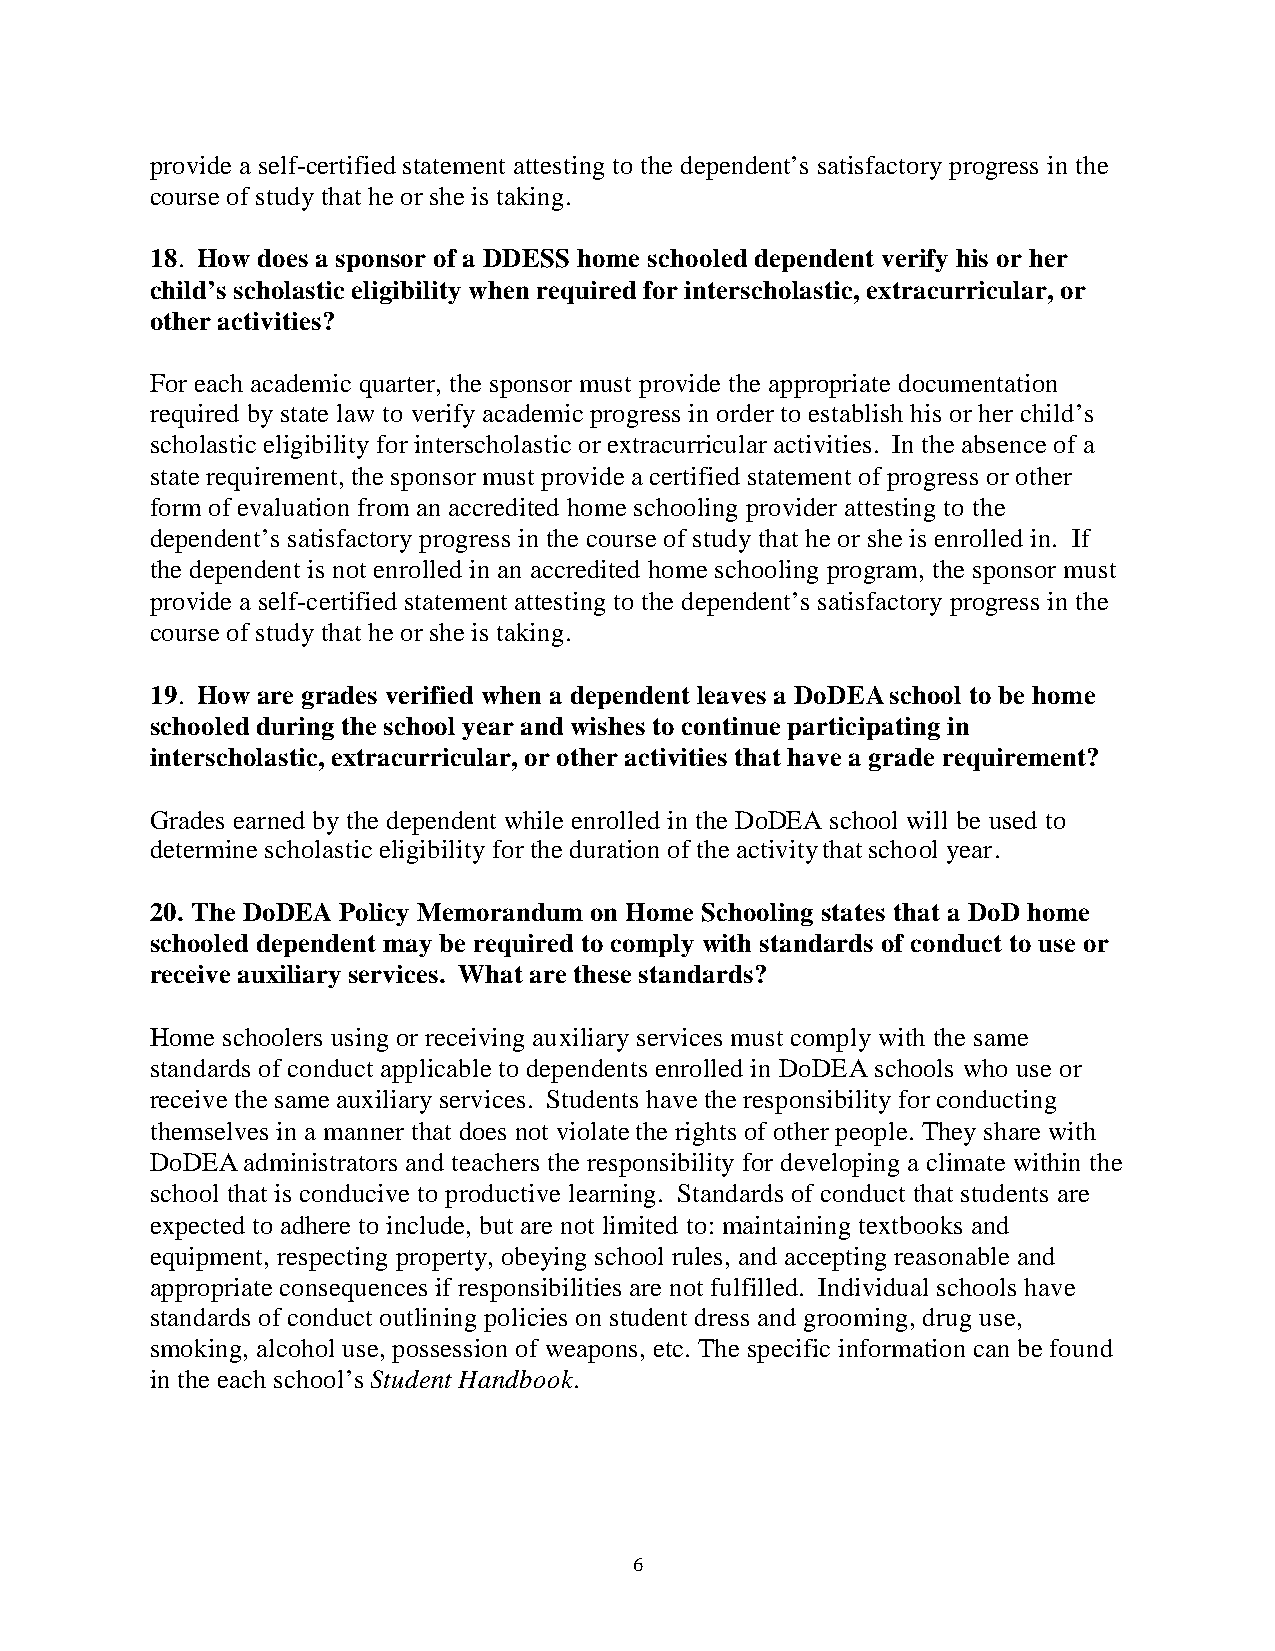
provide a self-certified statement attesting to the dependent’s satisfactory progress in the
 course of study that he or she is taking.
 18. How does a sponsor of a DDESS home schooled dependent verify his or her
 child’s scholastic eligibility when required for interscholastic, extracurricular, or
 other activities?
 For each academic quarter, the sponsor must provide the appropriate documentation
 required by state law to verify academic progress in order to establish his or her child’s
 scholastic eligibility for interscholastic or extracurricular activities. In the absence of a
 state requirement, the sponsor must provide a certified statement of progress or other
 form of evaluation from an accredited home schooling provider attesting to the
 dependent’s satisfactory progress in the course of study that he or she is enrolled in. If
 the dependent is not enrolled in an accredited home schooling program, the sponsor must
 provide a self-certified statement attesting to the dependent’s satisfactory progress in the
 course of study that he or she is taking.
 19. How are grades verified when a dependent leaves a DoDEA school to be home
 schooled during the school year and wishes to continue participating in
 interscholastic, extracurricular, or other activities that have a grade requirement?
 Grades earned by the dependent while enrolled in the DoDEA school will be used to
 determine scholastic eligibility for the duration of the activity that school year.
 20. The DoDEA Policy Memorandum on Home Schooling states that a DoD home
 schooled dependent may be required to comply with standards of conduct to use or
 receive auxiliary services. What are these standards?
 Home schoolers using or receiving auxiliary services must comply with the same
 standards of conduct applicable to dependents enrolled in DoDEA schools who use or
 receive the same auxiliary services. Students have the responsibility for conducting
 themselves in a manner that does not violate the rights of other people. They share with
 DoDEA administrators and teachers the responsibility for developing a climate within the
 school that is conducive to productive learning. Standards of conduct that students are
 expected to adhere to include, but are not limited to: maintaining textbooks and
 equipment, respecting property, obeying school rules, and accepting reasonable and
 appropriate consequences if responsibilities are not fulfilled. Individual schools have
 standards of conduct outlining policies on student dress and grooming, drug use,
 smoking, alcohol use, possession of weapons, etc. The specific information can be found
 in the each school’s Student Handbook.
 6